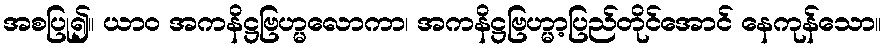
အစပြု၍။ ယာဝ အကနိဋ္ဌဗြဟ္မလောကာ၊ အကနိဋ္ဌဗြဟ္မာ့ပြည်တိုင်အောင် နေကုန်သော။